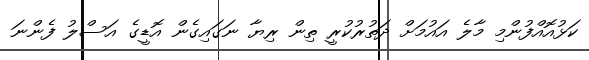
ކަޅުއޮއްފުންމި މާލެ އައުމަށް ދަތުރުކުރީ ތިން ރިޔާ ނަގައިގެން އޮޑީގެ އަސްލު ފެންނަ